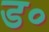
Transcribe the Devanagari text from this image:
ड०